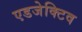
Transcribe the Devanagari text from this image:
एडजेक्टिव